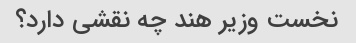
نخست وزیر هند چه نقشی دارد؟